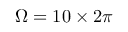
\Omega = 1 0 \times 2 \pi